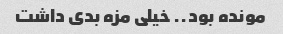
مونده بود.. خیلی مزه بدی داشت